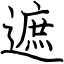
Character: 遮